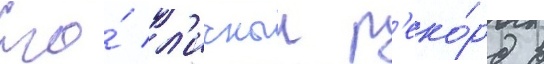
Его́ л'ичныи р'еко́рд в